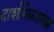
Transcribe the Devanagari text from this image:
दार्शनिकशास्त्र